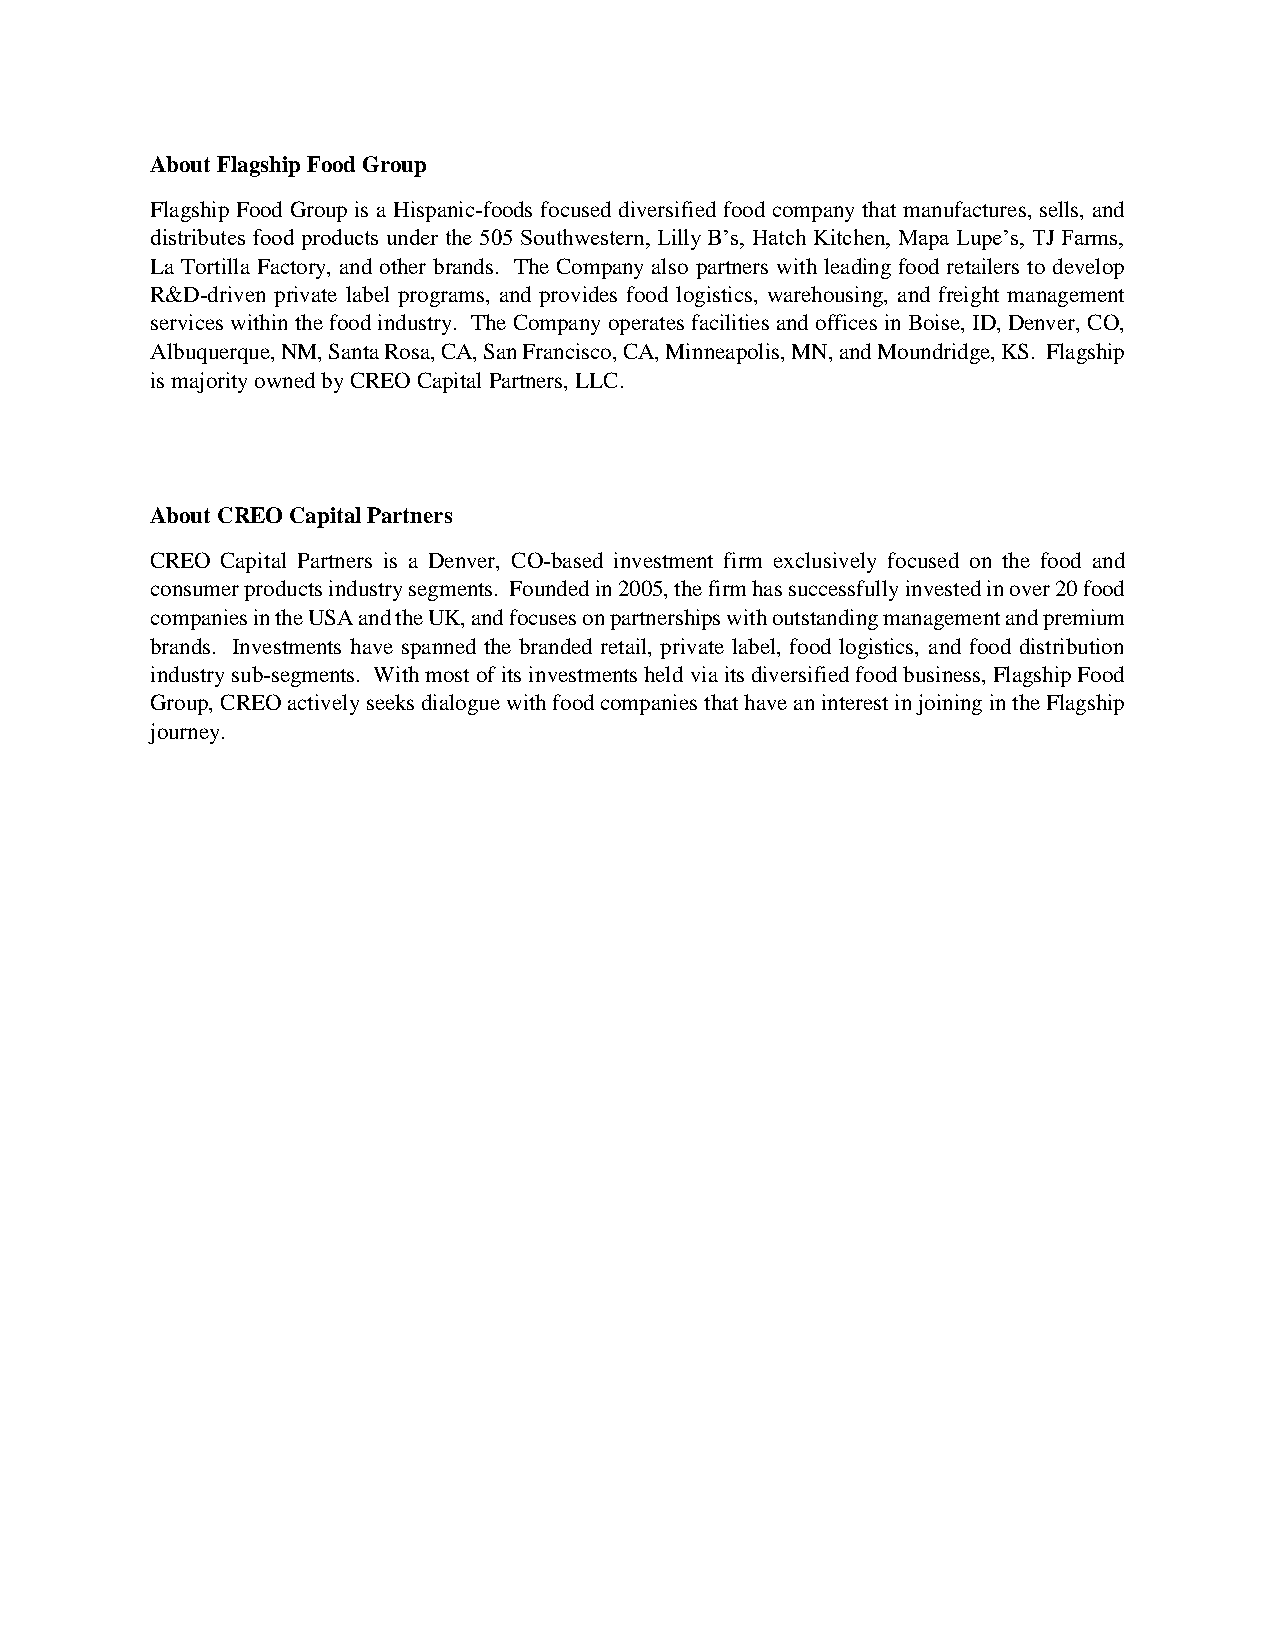
About Flagship Food Group
 Flagship Food Group is a Hispanic-foods focused diversified food company that manufactures, sells, and
 distributes food products under the 505 Southwestern, Lilly B’s, Hatch Kitchen, Mapa Lupe’s, TJ Farms,
 La Tortilla Factory, and other brands. The Company also partners with leading food retailers to develop
 R&D-driven private label programs, and provides food logistics, warehousing, and freight management
 services within the food industry. The Company operates facilities and offices in Boise, ID, Denver, CO,
 Albuquerque, NM, Santa Rosa, CA, San Francisco, CA, Minneapolis, MN, and Moundridge, KS. Flagship
 is majority owned by CREO Capital Partners, LLC.
 About CREO Capital Partners
 CREO Capital Partners is a Denver, CO-based investment firm exclusively focused on the food and
 consumer products industry segments. Founded in 2005, the firm has successfully invested in over 20 food
 companies in the USA and the UK, and focuses on partnerships with outstanding management and premium
 brands. Investments have spanned the branded retail, private label, food logistics, and food distribution
 industry sub-segments. With most of its investments held via its diversified food business, Flagship Food
 Group, CREO actively seeks dialogue with food companies that have an interest in joining in the Flagship
 journey.